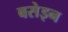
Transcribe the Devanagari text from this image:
बसेइन